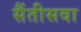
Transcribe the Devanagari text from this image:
सैंतीसवा